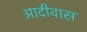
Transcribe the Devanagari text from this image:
आदीवास